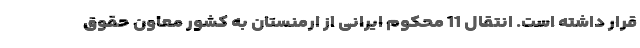
قرار داشته است. انتقال 11 محکوم ایرانی از ارمنستان به کشور معاون حقوق